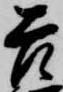
吉